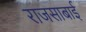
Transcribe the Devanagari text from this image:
राजसाबाई